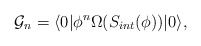
\begin{align*} {\cal G}_n=\langle 0|\phi ^n \Omega (S_{int}(\phi) )|0\rangle ,\end{align*}